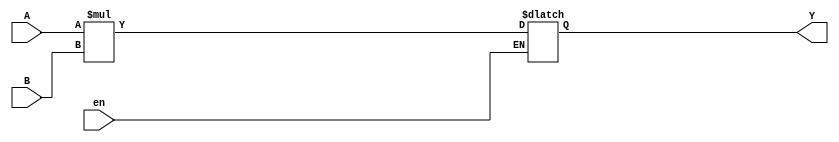
module multiplier_en(
    input wire [31:0]  A,
    input wire [31:0]  B,
    input wire         en,
    output reg [63:0] Y = 0
    );

always @ (A, B, en)
begin
    if (en) Y <= A * B;
    else    Y <= Y;
end    
    
endmodule